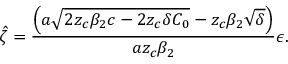
\hat { \zeta } = \frac { \left( a \sqrt { 2 z _ { c } \beta _ { 2 } c - 2 z _ { c } \delta C _ { 0 } } - z _ { c } \beta _ { 2 } \sqrt { \delta } \right) } { a z _ { c } \beta _ { 2 } } \epsilon .